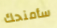
سأمنحك